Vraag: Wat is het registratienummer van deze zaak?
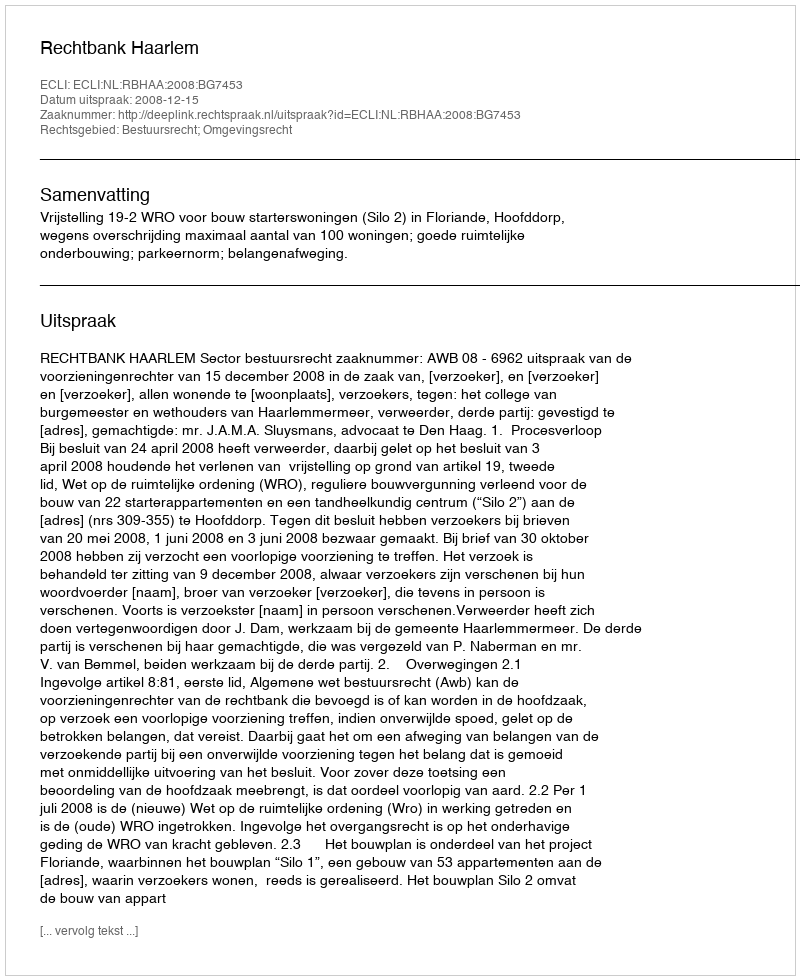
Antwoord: http://deeplink.rechtspraak.nl/uitspraak?id=ECLI:NL:RBHAA:2008:BG7453